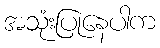
အသုံးပြုနေပါက